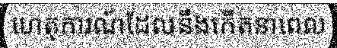
ហេតុការណ៍ដែលនឹងកើតនាពេល